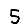
Digit: 5